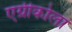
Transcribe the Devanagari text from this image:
एग्रीकोला